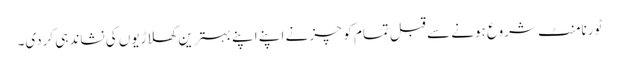
ٹورنامنٹ شروع ہونے سے قبل تمام کوچز نے اپنے اپنے بہترین کھلاڑیوں کی نشاندہی کردی۔